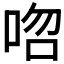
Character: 𠳪